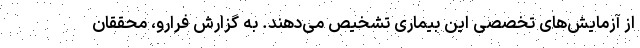
از آزمایش‌های تخصصی این بیماری تشخیص می‌دهند. به گزارش فرارو، محققان